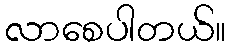
လာစေပါတယ်။